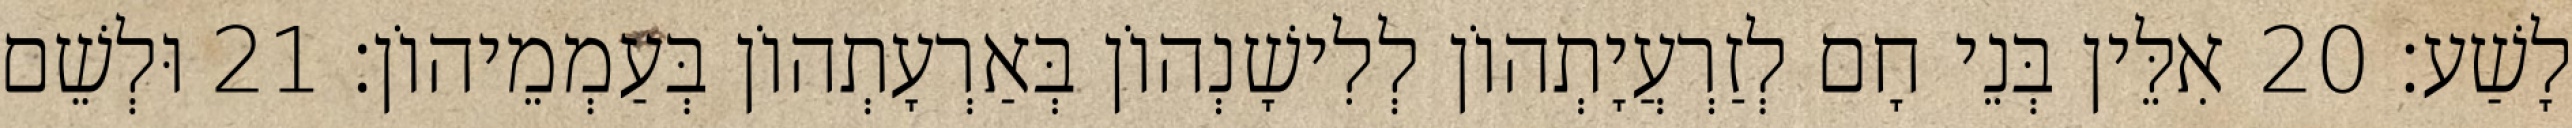
לָשַׁע׃ 20 אִלֵּין בְּנֵי חָם לְזַרְעֲיָתְהוֹן לְלִישָׁנְהוֹן בְּאַרְעָתְהוֹן בְּעַמְמֵיהוֹן׃ 21 וּלְשֵׁם